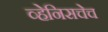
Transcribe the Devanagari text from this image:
व्हेनिसचेच